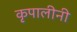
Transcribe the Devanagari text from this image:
कृपालीनी